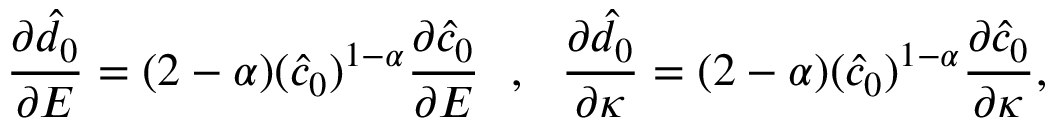
\frac { \partial \hat { d } _ { 0 } } { \partial E } = ( 2 - \alpha ) ( \hat { c } _ { 0 } ) ^ { 1 - \alpha } \frac { \partial \hat { c } _ { 0 } } { \partial E } ~ ~ , ~ ~ \frac { \partial \hat { d } _ { 0 } } { \partial \kappa } = ( 2 - \alpha ) ( \hat { c } _ { 0 } ) ^ { 1 - \alpha } \frac { \partial \hat { c } _ { 0 } } { \partial \kappa } ,